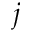
j